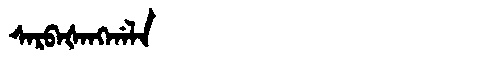
Manchu: ᠰᠠᡵᠪᠠᡧᠠᠩᡤᠠᠯᠠ
Romanization: SARBAŠANGGALA